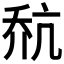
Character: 𪜎